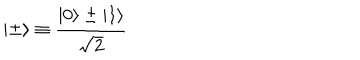
| \pm \rangle \equiv { \frac { | 0 \rangle \pm | 1 \rangle } { \sqrt { 2 } } }